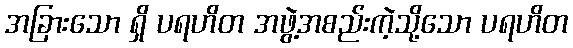
အခြားသော ရှိ ပရဟိတ အဖွဲ့အစည်းကဲ့သို့သော ပရဟိတ